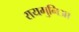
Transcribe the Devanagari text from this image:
रायमुनिआ